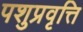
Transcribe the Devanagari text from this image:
पशुप्रवृत्ति